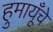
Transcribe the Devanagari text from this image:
हुमायूँचे